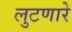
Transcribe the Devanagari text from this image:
लुटणारे